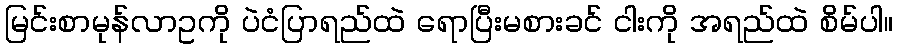
မြင်းစာမုန်လာဥကို ပဲငံပြာရည်ထဲ ရောပြီးမစားခင် ငါးကို အရည်ထဲ စိမ်ပါ။